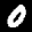
Label: 0